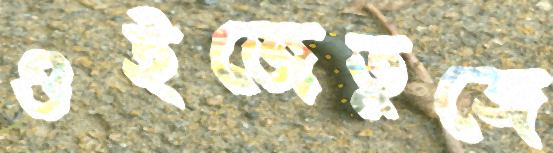
ওইজেতুঙ্গে